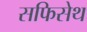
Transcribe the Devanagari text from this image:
सफिसेथ